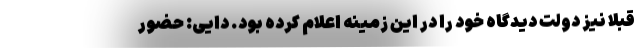
قبلا نیز دولت دیدگاه خود را در این زمینه اعلام کرده بود. دایی: حضور